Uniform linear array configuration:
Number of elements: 16
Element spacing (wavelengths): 0.25
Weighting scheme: binomial
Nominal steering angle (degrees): -45
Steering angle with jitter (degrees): -44.335
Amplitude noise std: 0.05
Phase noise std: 0.05

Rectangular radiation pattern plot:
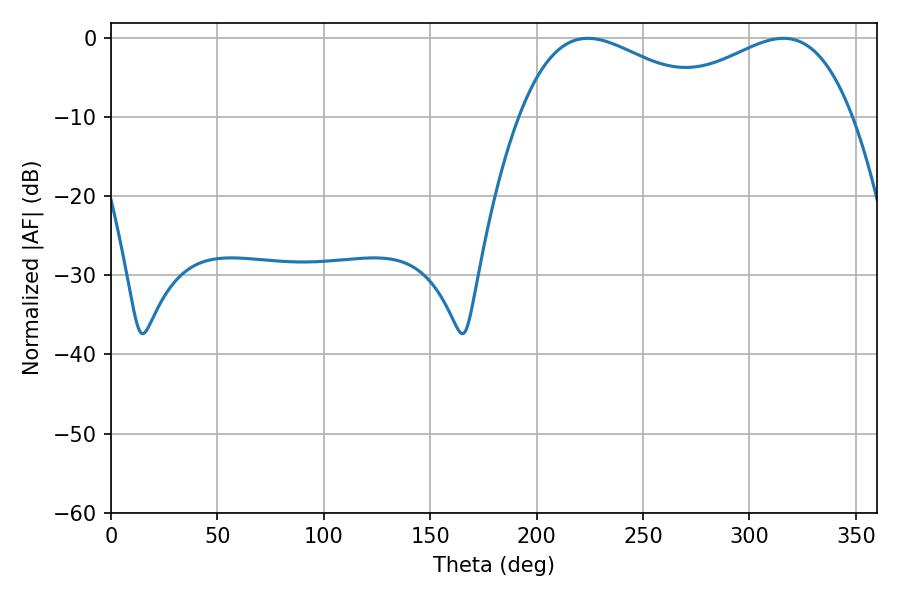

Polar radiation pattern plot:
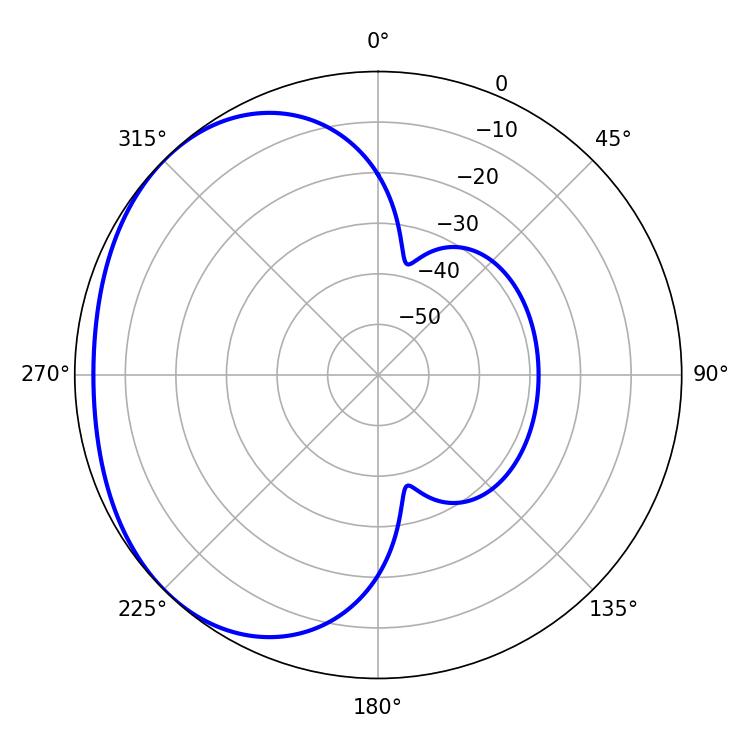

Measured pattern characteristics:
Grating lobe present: FALSE
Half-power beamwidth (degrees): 50.94
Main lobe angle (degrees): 224.1